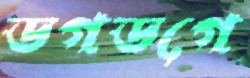
ডগডগে